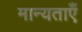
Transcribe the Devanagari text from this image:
मान्‍यताएँ